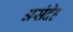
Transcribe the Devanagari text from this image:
असंदेह